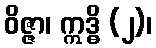
ဝိဇ္ဇာ၊ ဣဒ္ဓိ (၂)၊